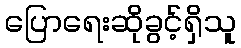
ပြောရေးဆိုခွင့်ရှိသူ